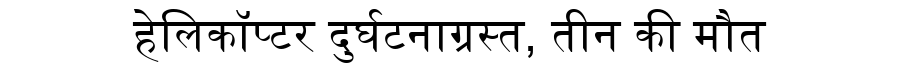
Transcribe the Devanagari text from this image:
हेलिकॉप्टर दुर्घटनाग्रस्त, तीन की मौत